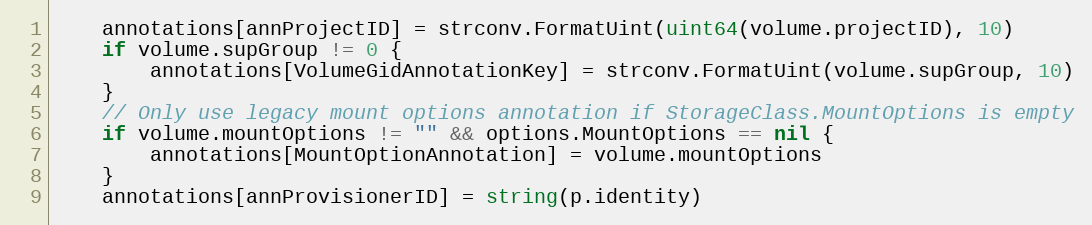
Language: Go
	annotations[annProjectID] = strconv.FormatUint(uint64(volume.projectID), 10)
	if volume.supGroup != 0 {
		annotations[VolumeGidAnnotationKey] = strconv.FormatUint(volume.supGroup, 10)
	}
	// Only use legacy mount options annotation if StorageClass.MountOptions is empty
	if volume.mountOptions != "" && options.MountOptions == nil {
		annotations[MountOptionAnnotation] = volume.mountOptions
	}
	annotations[annProvisionerID] = string(p.identity)